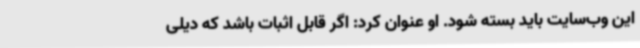
این وب‌سایت باید بسته شود. او عنوان کرد: اگر قابل اثبات باشد که دیلی